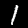
Label: 1